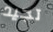
تجيد